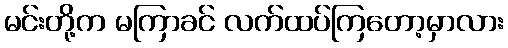
မင်းတို့က မကြာခင် လက်ထပ်ကြတော့မှာလား